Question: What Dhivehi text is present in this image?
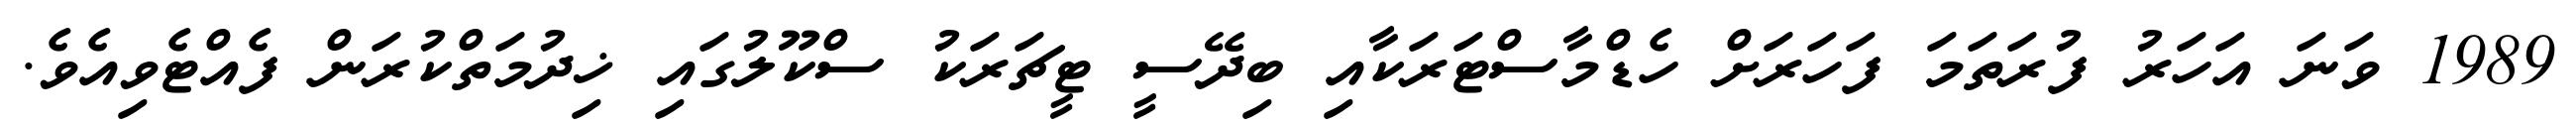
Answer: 1989 ވަނަ އަހަރު ފުރަތަމަ ފަހަރަށް ހެޑްމާސްޓަރަކާއި ބިދޭސީ ޓީޗަރަކު ސްކޫލުގައި ޚިދުމަތްކުރަން ފެއްޓެވިއެވެ.